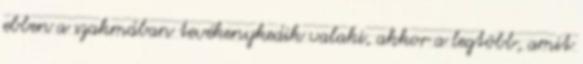
ebben a szakmában tevékenykedik valaki, akkor a legtöbb, amit